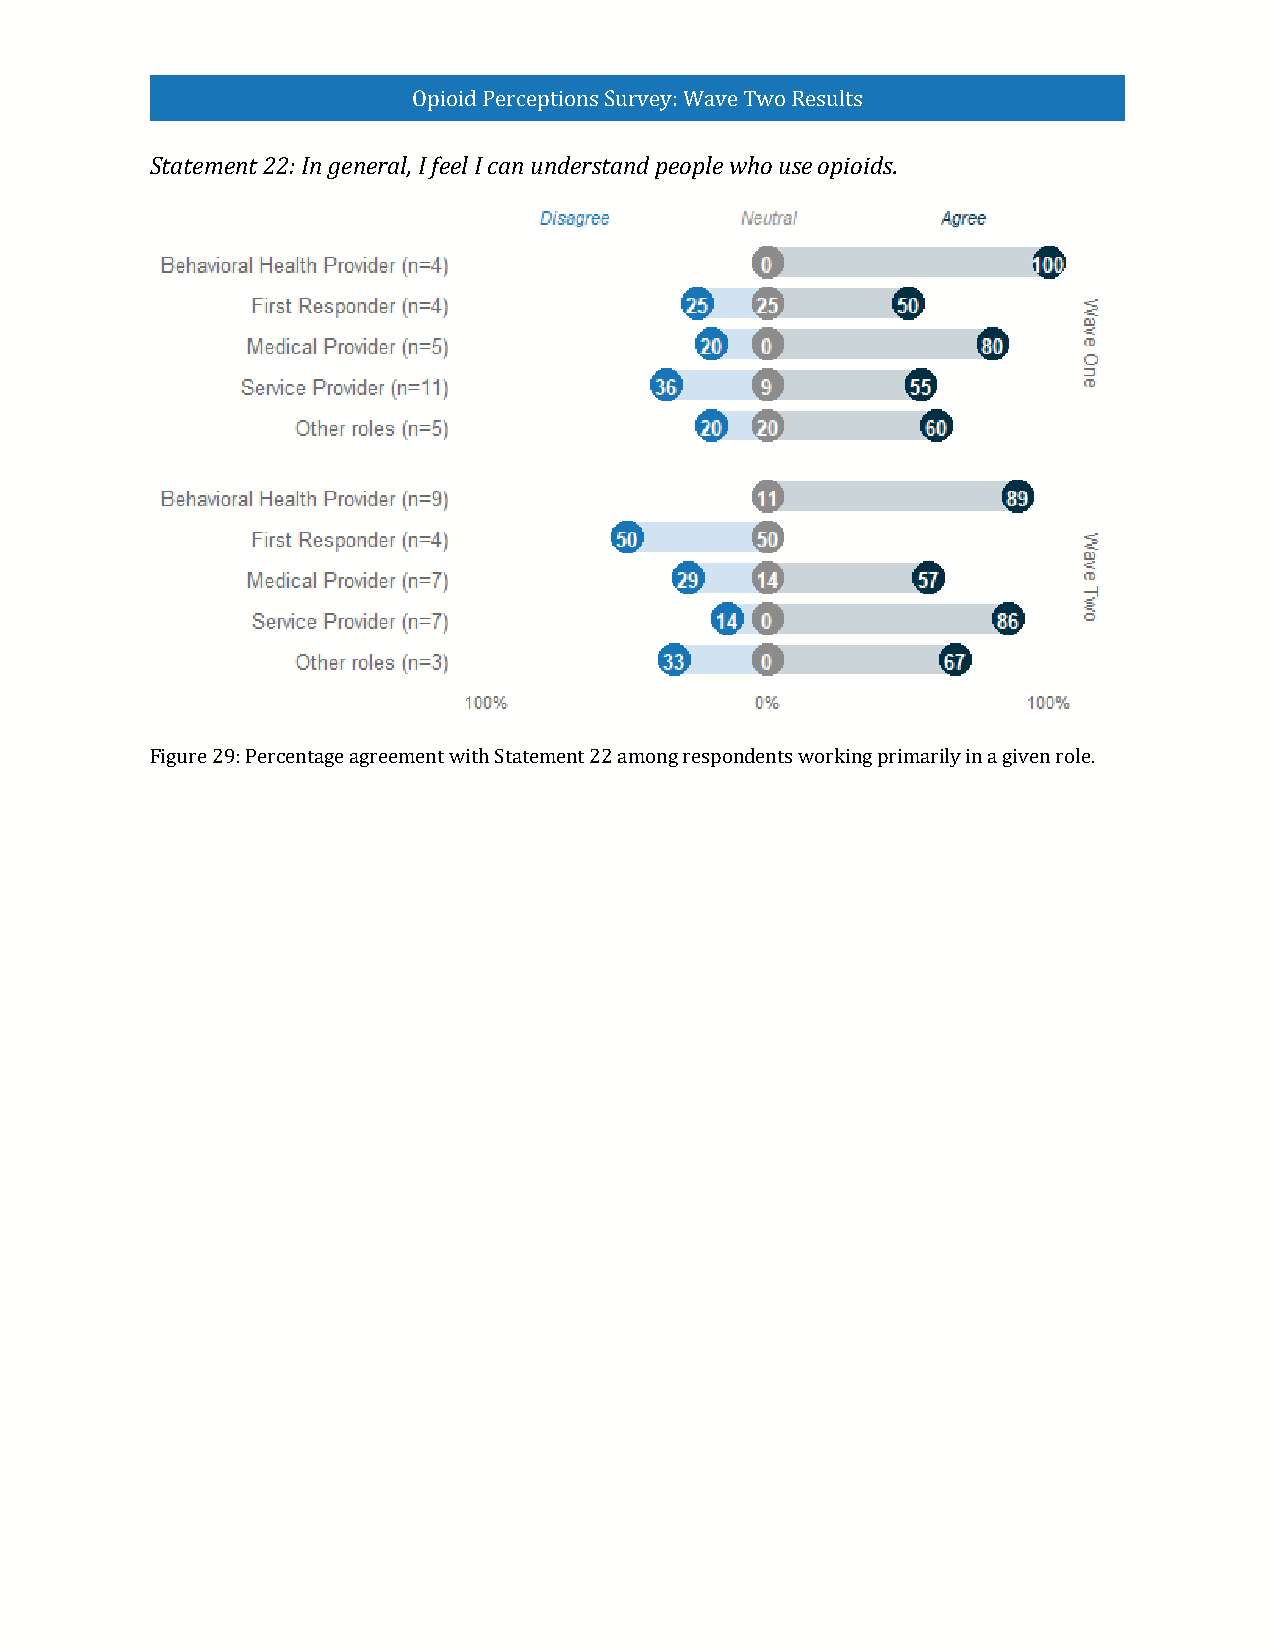
Opioid Perceptions Survey: Wave Two Results
 Statement 22: In general, I feel I can understand people who use opioids.
 Figure 29: Percentage agreement with Statement 22 among respondents working primarily in a given role.